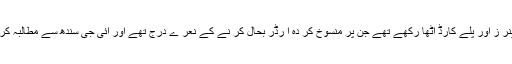
علاوہ ازیں انہوں نے حیدرآباد پریس کلب کے سامنے احتجاجی مظاہرہ کیا ،مظا ہر ین نے ہاتھوں میں بینر ز اور پلے کارڈ اٹھا رکھے تھے جن پر منسوخ کر دہ آ رڈر بحال کر نے کے نعر ے درج تھے اور آئی جی سندھ سے مطالبہ کر رہے تھے کہ معاملے کا نوٹس لیکر امتحان پاس کرنے والے امیدواروں کو آفر لیٹر جاری کئے جائیں ۔